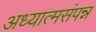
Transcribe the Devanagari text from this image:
अध्यात्मसंपन्न